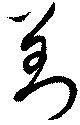
對